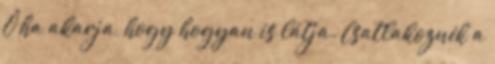
Ő ha akarja, hogy hogyan is látja. Csatlakoznék a